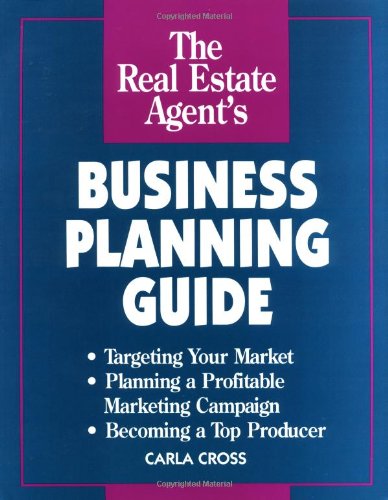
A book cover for Real Estate Agent's Business Planning Guide; Carla Cross; Business & Money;